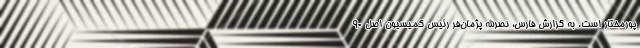
پورمختار است. به گزارش فارس، نصرالله پژمان‌فر رئیس کمیسیون اصل ۹۰